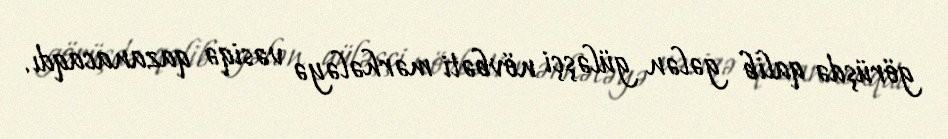
görüşdə qalib gələn güləşçi növbəti mərhələyə vəsiqə qazanacaqdı.